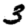
Digit: 3